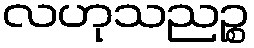
လဟုသညဉ္စ